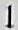
1